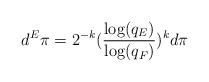
LaTeX: \begin{align*}\displaystyle d^E\pi=2^{-k}(\frac{\log(q_E)}{\log(q_F)})^kd\pi\end{align*}